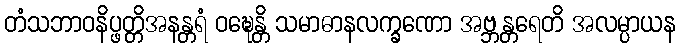
တံသဘာဝနိပ္ဖတ္တိအနန္တရံ ဝဍ္ဎေန္တိ သမာဓာနလက္ခဏော အဗ္ဘန္တရေတိ အလမ္ပာယန